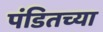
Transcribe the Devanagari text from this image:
पंडितच्या